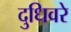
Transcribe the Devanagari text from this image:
दुधिवरे